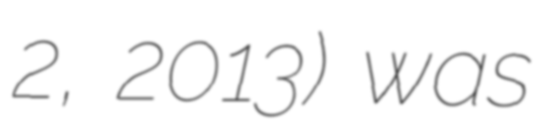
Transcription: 2, 2013) was